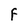
Character: F